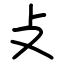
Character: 攴